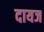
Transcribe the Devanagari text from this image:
दायज